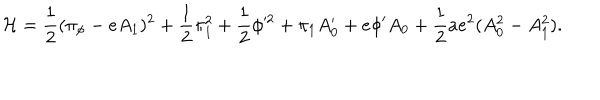
LaTeX: { \cal H } = { \frac { 1 } { 2 } } ( \pi _ { \phi } - e A _ { 1 } ) ^ { 2 } + { \frac { 1 } { 2 } } \pi _ { 1 } ^ { 2 } + { \frac { 1 } { 2 } } \phi ^ { 2 } + \pi _ { 1 } A _ { 0 } ^ { \prime } + e \phi ^ { \prime } A _ { 0 } + { \frac { 1 } { 2 } } a e ^ { 2 } ( A _ { 0 } ^ { 2 } - A _ { 1 } ^ { 2 } ) .